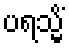
ပရသ္မိံ